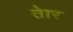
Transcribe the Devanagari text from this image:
तेार